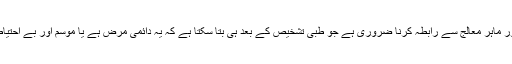
تاہم جلد آرام نہ آنے کی صورت میں مستند اور ماہر معالج سے رابطہ کرنا ضروری ہے جو طبی تشخیص کے بعد ہی بتا سکتا ہے کہ یہ دائمی مرض ہے یا موسم اور بے احتیاطی کی وجہ سے یہ پیچیدگی لاحق ہوئی ہے۔